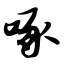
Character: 啄